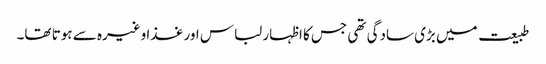
طبیعت میں بڑی سادگی تھی جس کا اظہار لباس اور غذا وغیرہ سے ہوتا تھا۔